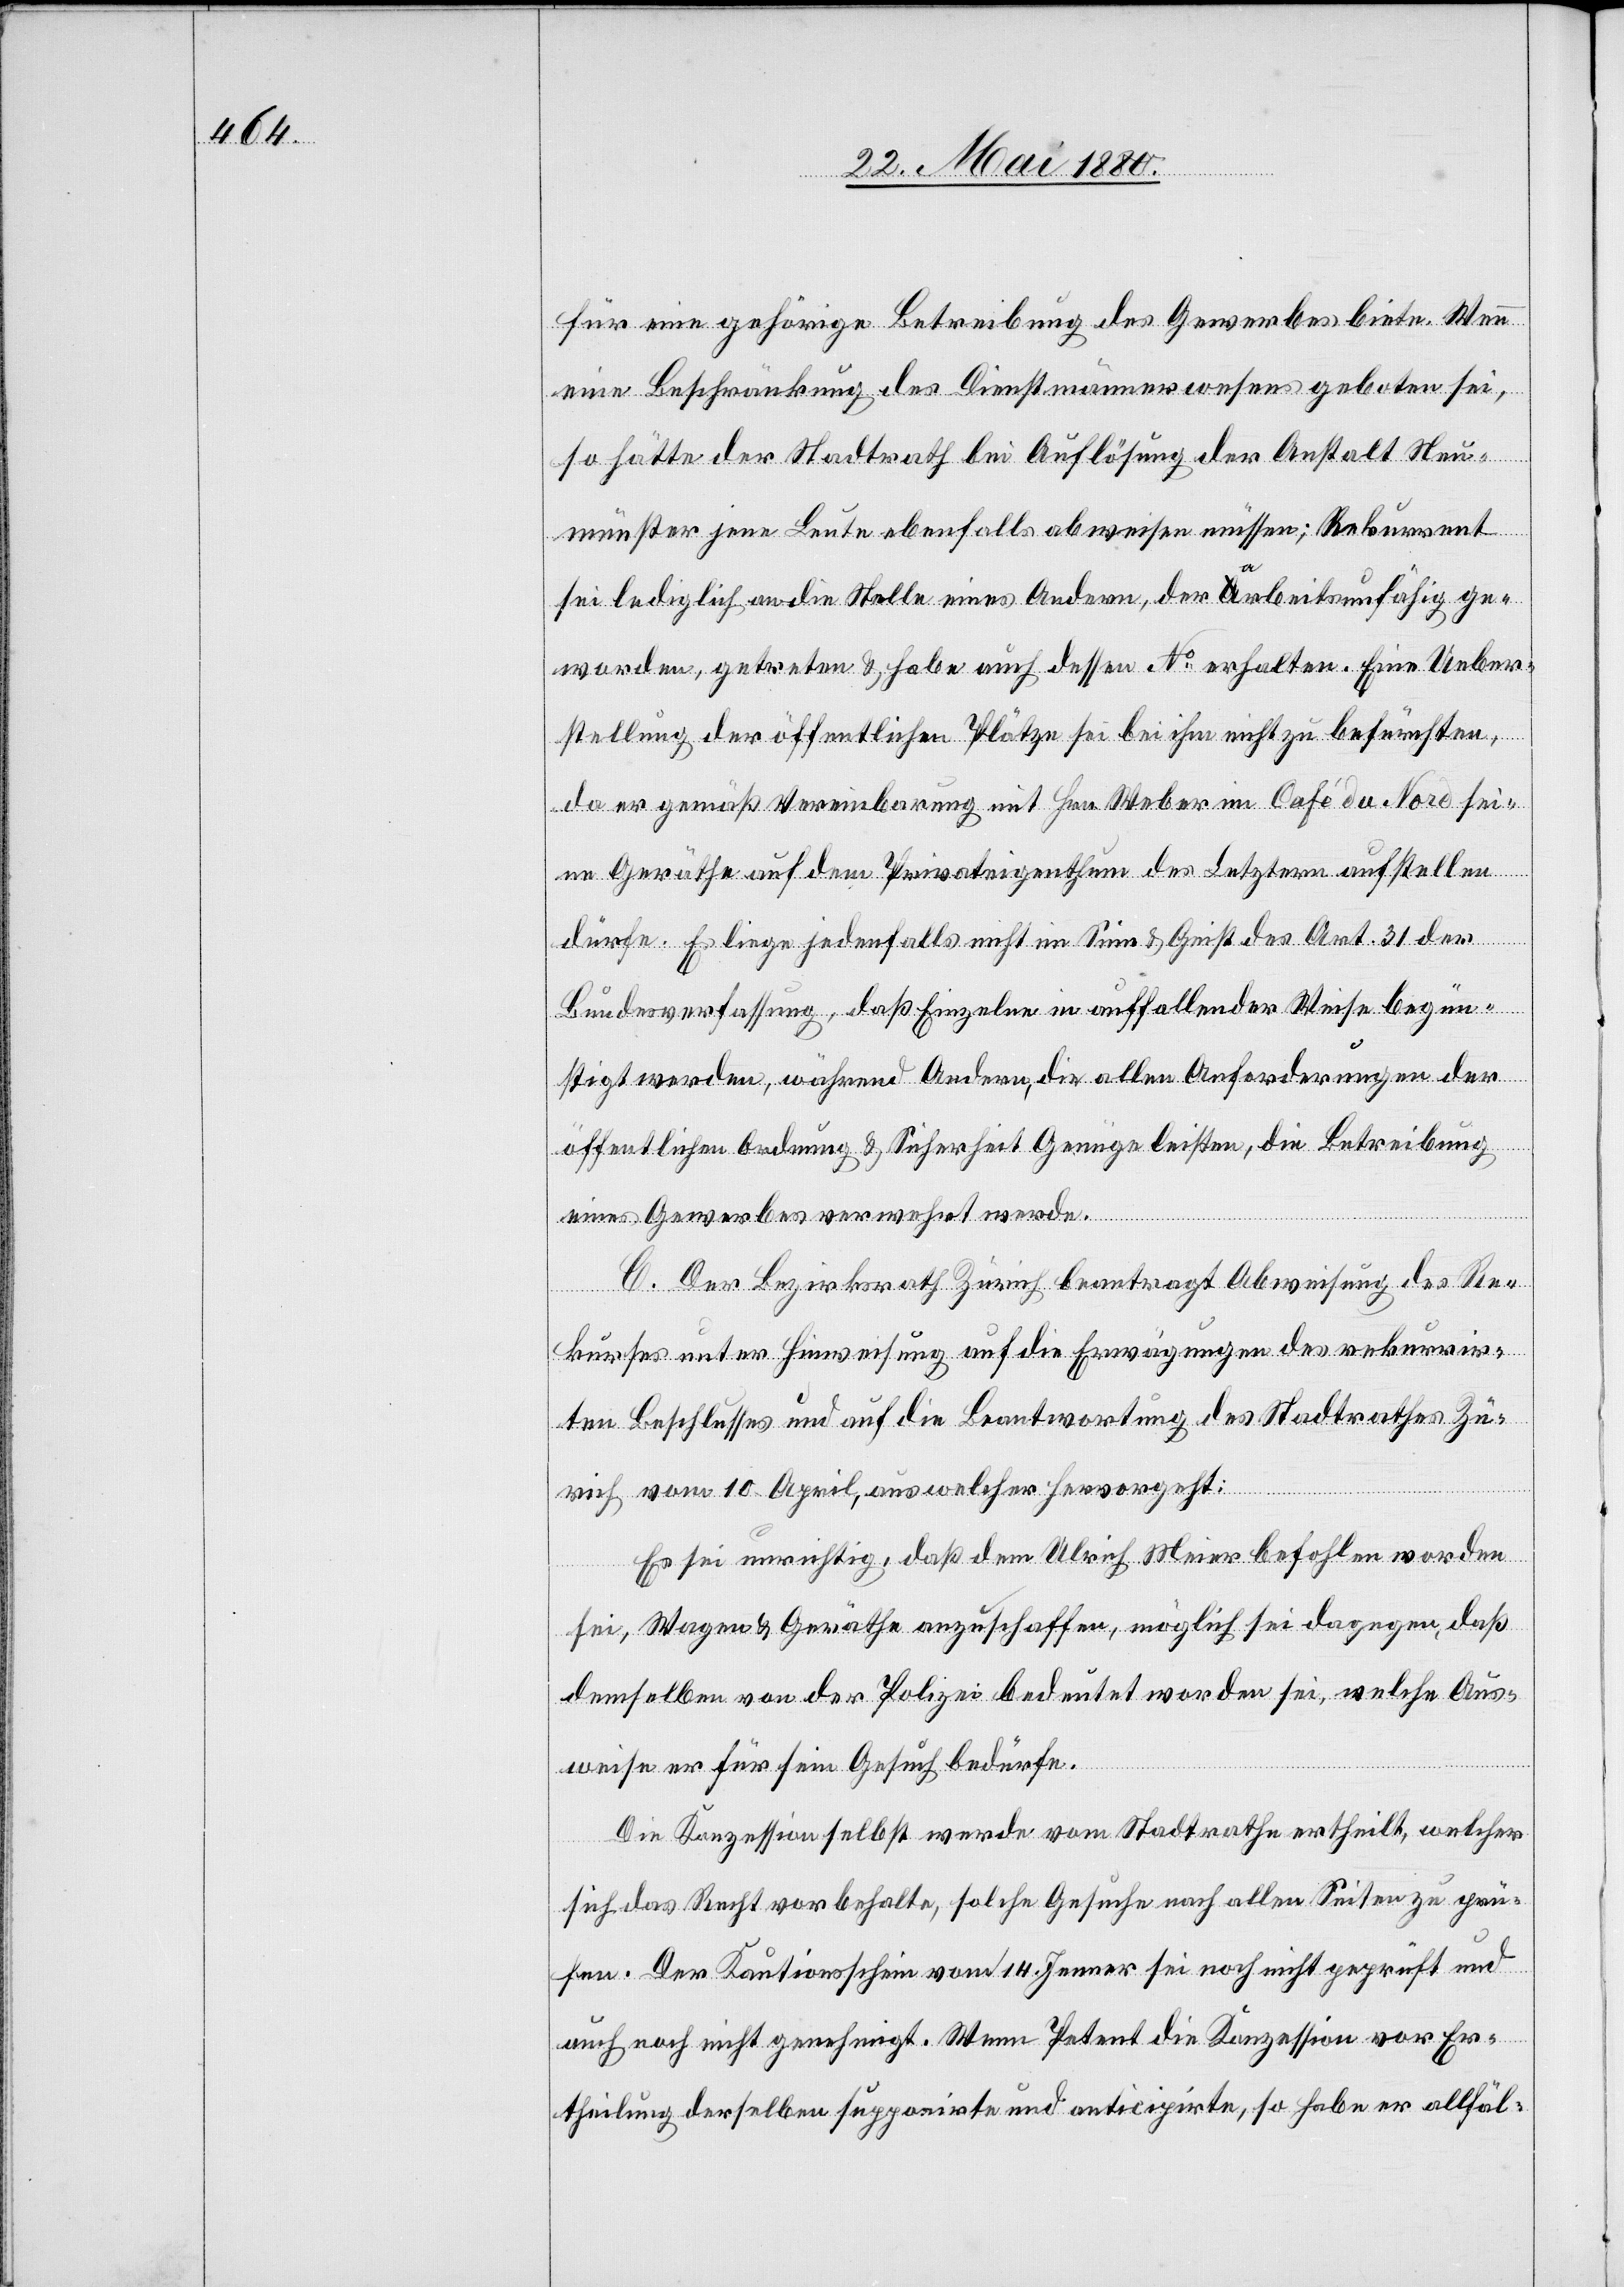
für eine gehörige Betreibung des Gewerbes biete. Wenn
eine Beschränkung des Dienstmännerwesens geboten sei,
so hätte der Stadtrath bei der Auflösung der Anstalt Neu¬
münster jene Leute ebenfalls abweisen müssen; Rekurrent
sei lediglich an die Stelle eines Andern, der arbeitsunfähig ge¬
worden, getreten & habe auch dessen No erhalten. Eine Ueber¬
stellung der öffentlichen Plätze sei bei ihm nicht zu befürchten,
da er gemäß Vereinbarung mit Hrn. Weber im Café du Nord sei¬
ne Geräthe auf dem Privateigenthum des Letztern aufstellen
dürfe. Es liege jedenfalls nicht im Sinne & Geist des Art. 31 der
Bundesverfassung, daß Einzelne in auffallender Weise begün¬
stigt werden, während Andern, die allen Anforderungen der
öffentlichen Ordnung & Sicherheit Genüge leisten, die Betreibung
eines Gewerbes verwehrt werde.
C. Der Bezirksrath Zürich beantragt Abweisung des Re¬
kurses unter Hinweisung auf die Erwägung des rekurrir¬
ten Beschlusses und auf die Beantwortung des Stadtrathes Zü¬
rich vom 10. April, aus welcher hervorgeht:
Es sei unrichtig, daß dem Ulrich Meier befohlen worden
sei, Wagen & Geräthe anzuschaffen, möglich sei dagegen, daß
demselben von der Polizei bedeutet worden sei, welche Aus¬
weise er für sein Gesuch bedürfe.
Die Konzession selbst werde vom Stadtrathe ertheilt, welcher
sich das Recht vorbehalte, solche Gesuche nach allen Seiten zu prü¬
fen. Der Kautionsschein vom 14. Jenner sei noch nicht geprüft und
auch noch nicht genehmigt. Wenn Petent die Konzession vor Er¬
theilung derselben supponirte und anticipirte, so habe er allfäl-